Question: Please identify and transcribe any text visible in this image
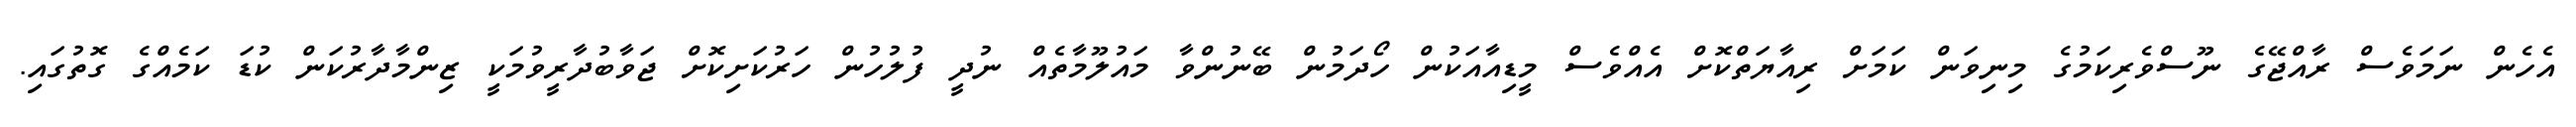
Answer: އެހެން ނަމަވެސް ރާއްޖޭގެ ނޫސްވެރިކަމުގެ މިނިވަން ކަމަށް ރިއާޔަތްކޮށް އެއްވެސް މީޑިއާއަކުން ހޯދަމުން ބޭނުންވާ މައުލޫމާތެއް ނުދީ ފުލުހުން ހަރުކަށިކޮށް ޖަވާބުދާރީވުމަކީ ޒިންމާދާރުކަން ކުޑަ ކަމެއްގެ ގޮތުގައި.